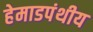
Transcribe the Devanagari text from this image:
हेमाडपंथीय